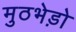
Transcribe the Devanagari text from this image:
मुठभेड़ो